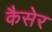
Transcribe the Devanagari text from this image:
कैसेर